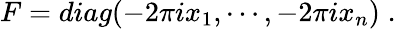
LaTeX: F=diag(-2\pi ix_{1},\cdots,-2\pi ix_{n})\; .